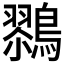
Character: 𱈹